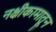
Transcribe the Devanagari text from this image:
नक्षीकामातून